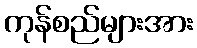
ကုန်စည်များအား